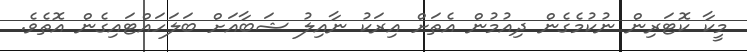
މީކާ ކޮޓަރިން ނުކުމެގެން ދިއުމުން އެތަށް އިރަކު ނާއިލު ޝަބާއަށް ބަލަހައްޓައިގެން އޮތެވެ.